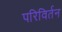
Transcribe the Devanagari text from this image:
परिविर्तन